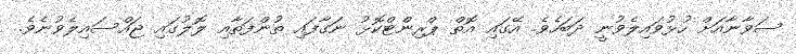
ސަވާނާއަށް ހުޅުވައިލެވުނީ ދަބަހެވެ. އޭގައި އޮތް ޕްރިންޓްކޮޅު ނަގާފައި ތުންފަތާއި ލޮލުގައި ޖައްސައިލެވުނެވެ.